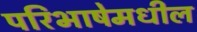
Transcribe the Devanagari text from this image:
परिभाषेमधील